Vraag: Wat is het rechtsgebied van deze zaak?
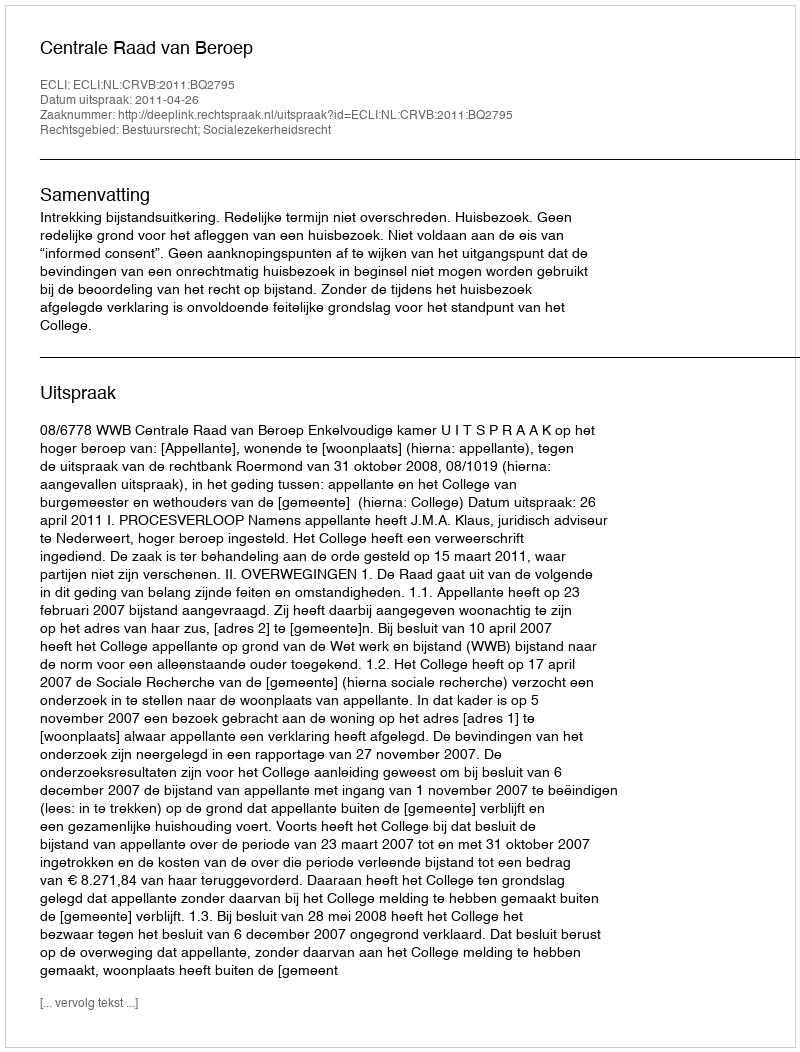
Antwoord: Bestuursrecht; Socialezekerheidsrecht